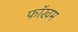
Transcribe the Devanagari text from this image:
फॉखम